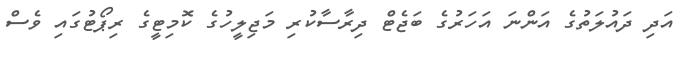
އަދި ދައުލަތުގެ އަންނަ އަހަރުގެ ބަޖެޓް ދިރާސާކުރި މަޖިލީހުގެ ކޮމިޓީގެ ރިޕޯޓުގައި ވެސް